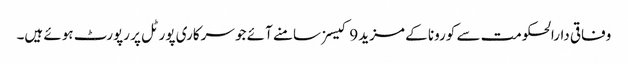
وفاقی دارالحکومت سے کورونا کے مزید 9 کیسز سامنے آئے جو سرکاری پورٹل پر رپورٹ ہوئے ہیں۔